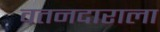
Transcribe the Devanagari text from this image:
वतनदाराला